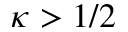
\kappa > 1 / 2